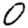
Digit: 0